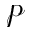
\mathcal { p }